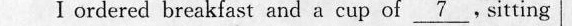
I ordered breakfast and a cup of \underline{7} sitting